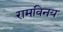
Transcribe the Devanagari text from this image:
रामविनय